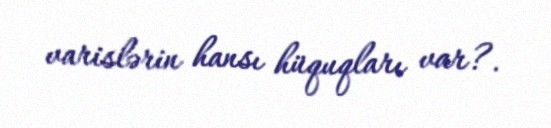
varislərin hansı hüquqları var?.